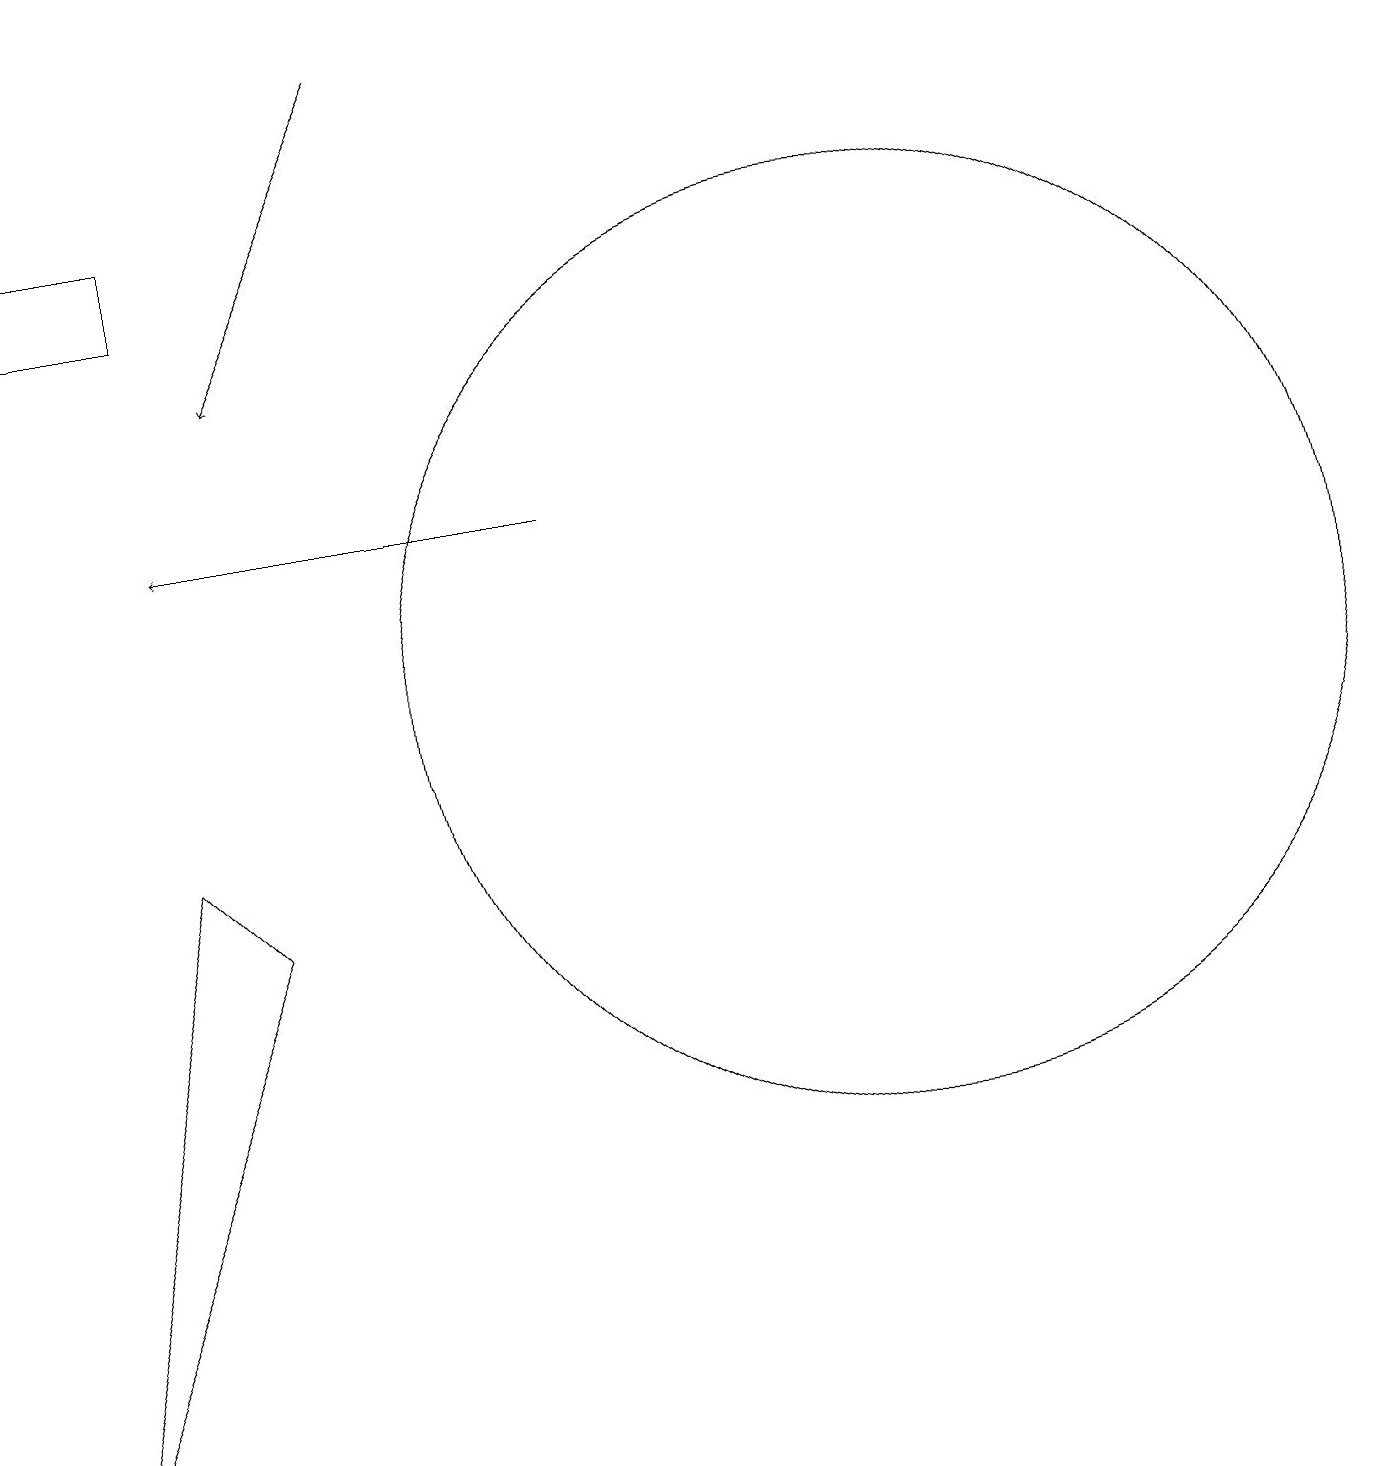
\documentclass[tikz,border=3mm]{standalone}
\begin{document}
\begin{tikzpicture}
\draw (12,11) circle (6);
\draw (3,17) rectangle (1,16);
\draw[->] (6,19) -- (4,15);
\draw (4,8) -- (3,9) -- (1,1) -- cycle;
\draw[->] (8,13) -- (3,13);
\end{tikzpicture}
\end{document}